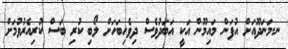
ނ.މަނަދޫއަށް އުފަން މައިމޫން އަކީ އަބަދުވެސް ދިވެހިބަހަށް ލޯބި ކުރި ބަސް ކުރިއެރުވުމަށް